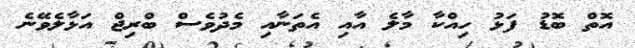
އޮތް ބޮޑު ފަޅު ހިއްކާ މާލެ އާއި އެތަނާއި މެދުވެސް ބްރިޖް އަޅާލެވޭނެ